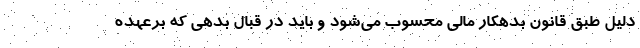
دلیل طبق قانون بدهکار مالی محسوب می‌شود و باید در قبال بدهی که برعهده